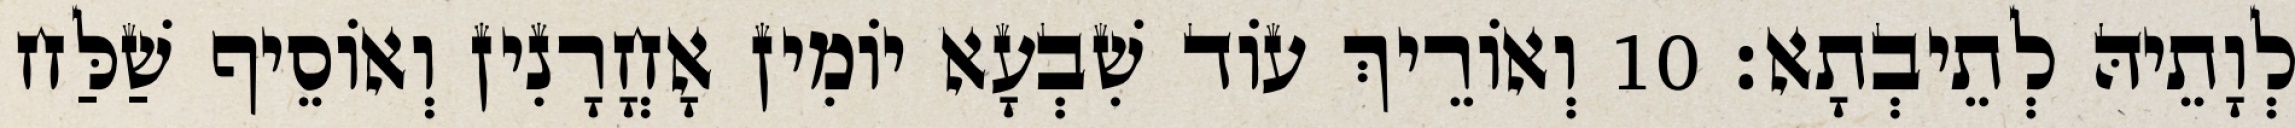
לְוָתֵיהּ לְתֵיבְתָא׃ 10 וְאוֹרֵיךְ עוֹד שִׁבְעָא יוֹמִין אָחֳרָנִין וְאוֹסֵיף שַׁלַּח